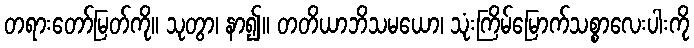
တရားတော်မြတ်ကို။ သုတွာ၊ နာ၍။ တတိယာဘိသမယော၊ သုံးကြိမ်မြောက်သစ္စာလေးပါးကို